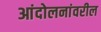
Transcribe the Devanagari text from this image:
आंदोलनांवरील